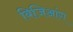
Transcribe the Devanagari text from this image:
बिजिआंग